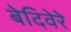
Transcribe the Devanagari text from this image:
बेदिवेरे